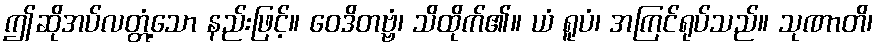
ဤဆိုအပ်လတ္တံ့သော နည်းဖြင့်။ ဝေဒိတဗ္ဗံ၊ သိထိုက်၏။ ယံ ရူပံ၊ အကြင်ရုပ်သည်။ သုဏာတိ၊